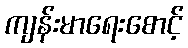
ကျန်းမာရေးစောင့်